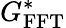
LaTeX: G_{\mathrm{FFT}}^{*}